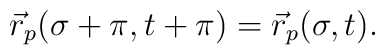
\vec r_p(\sigma+\pi,t+\pi)=\vec r_p(\sigma,t).